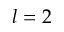
l = 2